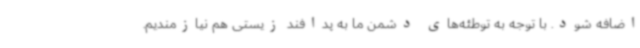
اضافه شود. با توجه به توطئه‌های دشمن ما به پدافند زیستی هم نیازمندیم.